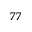
- 7 7